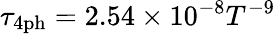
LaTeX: \tau_{4\mathrm{ph}}=2.54\times 10^{-8}T^{-9}